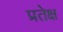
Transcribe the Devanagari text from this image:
प्रतेक्ष